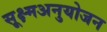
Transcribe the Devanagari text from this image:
सूक्ष्मअनुयोजन